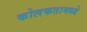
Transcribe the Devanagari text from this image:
कोलकतामध्ये